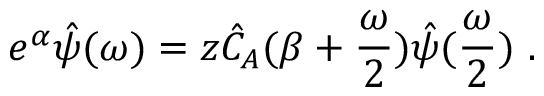
e ^ { \alpha } \hat { \psi } ( \omega ) = z \hat { C } _ { A } ( \beta + \frac { \omega } { 2 } ) \hat { \psi } ( \frac { \omega } { 2 } ) \ .